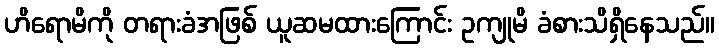
ဟိရောမိကို တရားခံအဖြစ် ယူဆမထားကြောင်း ဥကျုမိ ခံစားသိရှိနေသည်။